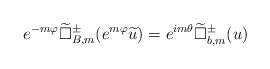
\begin{align*} e^{-m\varphi}\widetilde{\Box}^{\pm}_{B,m}(e^{m\varphi}\widetilde u)=e^{im\theta}\widetilde{\Box}^{\pm}_{b,m}(u)\end{align*}